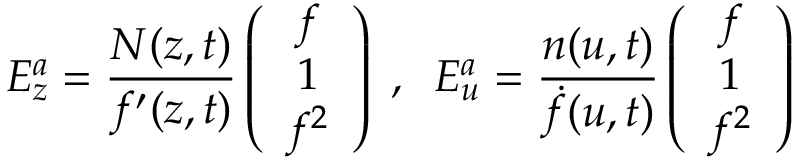
E _ { z } ^ { a } = \frac { N ( z , t ) } { f ^ { \prime } ( z , t ) } \left( \begin{array} { c } { { f } } \\ { { 1 } } \\ { { f ^ { 2 } } } \end{array} \right) \; , \; \; E _ { u } ^ { a } = \frac { n ( u , t ) } { \dot { f } ( u , t ) } \left( \begin{array} { c } { { f } } \\ { { 1 } } \\ { { f ^ { 2 } } } \end{array} \right)